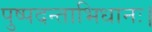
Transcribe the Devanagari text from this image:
पुष्पदन्ताभिधानः।